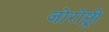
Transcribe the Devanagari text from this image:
जोरोष्ट्री